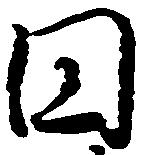
円